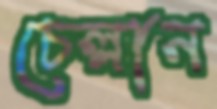
চেল্লান